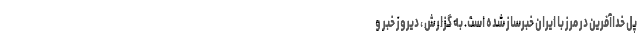
پل خداآفرین در مرز با ایران خبرساز شده است. به گزارش ، دیروز خبر و